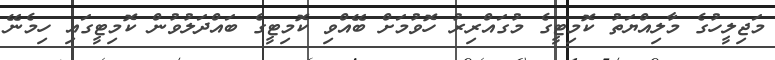
މަޖިލީހުގެ މާލިއްޔަތު ކޮމިޓީގެ މުގައްރިރު ހޮވުމަށް ބޭއްވި ކޮމިޓީގެ ބައްދަލުވުން ކޮމިޓީގައި ހިމެނޭ